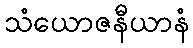
သံယောဇနီယာနံ